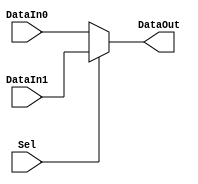
`timescale 1ns/1ns

module MUX_2to1 #( parameter Width = 32 ) ( Sel, DataIn0, DataIn1, DataOut );

	input Sel;
	input [Width-1:0] DataIn0, DataIn1;

	output [Width-1:0] DataOut;

	assign DataOut = ( Sel == 1'b0 ) ? DataIn0 : DataIn1;

endmodule